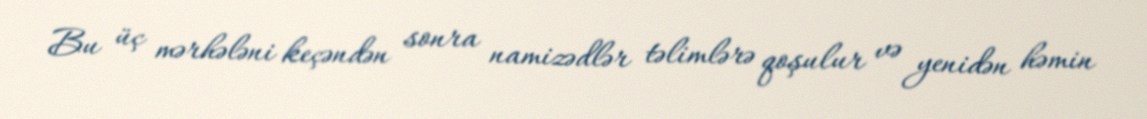
Bu üç mərhələni keçəndən sonra namizədlər təlimlərə qoşulur və yenidən həmin